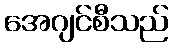
အေဂျင်စီသည်